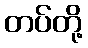
တပ်တို့